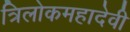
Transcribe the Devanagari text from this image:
त्रिलोकमहादेवी